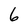
Character: 6